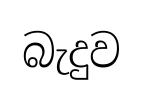
බැදුව